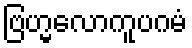
ဗြဟ္မလောကူပဂမံ